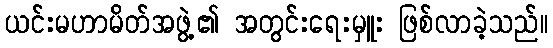
ယင်းမဟာမိတ်အဖွဲ့၏ အတွင်းရေးမှူး ဖြစ်လာခဲ့သည်။